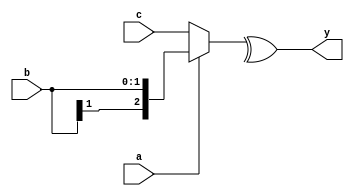
module test (a, b, c, y);
    input a;
    input signed [1:0] b;
    input signed [2:0] c;
    output y;
    assign #(12.5 : 14.5 : 20) y = ^(a ? b : c);
endmodule